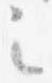
之